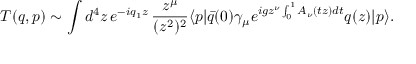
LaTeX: T ( q , p ) \sim \int d ^ { 4 } z \, e ^ { - i q _ { 1 } z } \, \frac { z ^ { \mu } } { ( z ^ { 2 } ) ^ { 2 } } \langle p | \bar { q } ( 0 ) \gamma _ { \mu } e ^ { i g z ^ { \nu } \int _ { 0 } ^ { 1 } A _ { \nu } ( t z ) d t } q ( z ) | p \rangle .